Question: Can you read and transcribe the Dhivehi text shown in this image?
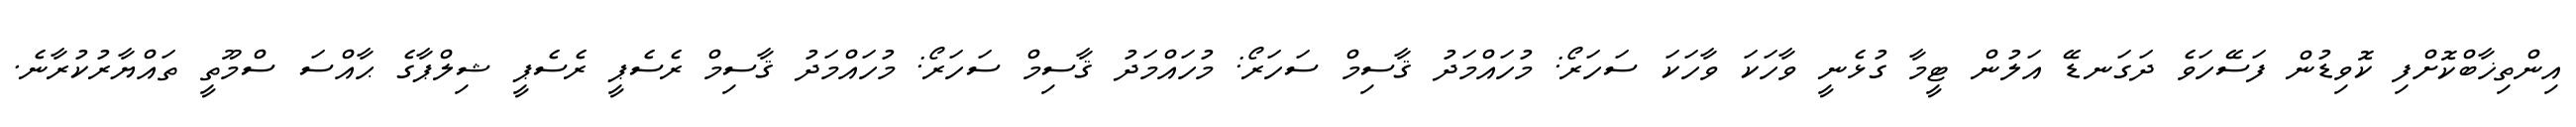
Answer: އިންތިޚާބްކޮށްފި ކޮވިޑުން ފަސޭހަވެ ދަގަނޑޭ އަލުން ޓީމާ ގުޅެނީ ވާހަކަ ވާހަކަ ސަހަރޯ: މުހައްމަދު ޤާސިމް ސަހަރޯ: މުހައްމަދު ޤާސިމް ސަހަރޯ: މުހައްމަދު ޤާސިމް ރެސެޕީ ރެސެޕީ ޝިލްޕާގެ ޙާއްސަ ސްމޫތީ ތައްޔާރުކުރާނެ.